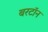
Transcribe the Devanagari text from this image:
बरटॉन